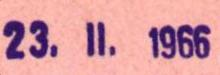
23.II.1966